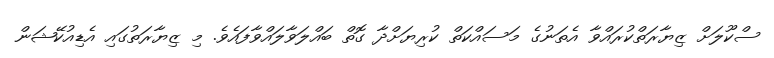
ސްކޫލަށް ޒިޔާރަތްކުރައްވާ އެތަނުގެ މަސައްކަތް ކުރިޔަށްދާ ގޮތް ބައްލަވާލައްވާފައެވެ. މި ޒިޔާރަތުގައި އެޑިއުކޭޝަން